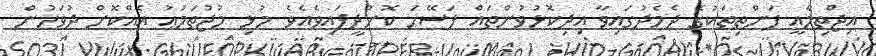
އިޖްތިމާއީ ފަންތިތަކުގެ ދެމެދުގައިވާ އިދިކޮޅުވުންތައް ފަސޭހަ ކޮށްދީފައިވެއެވެ. މުޅި މުޖުތަމަޢު އެއްކޮށް ދުވަހުން